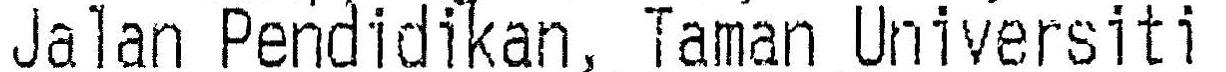
JALAN PENDIDIKAN, TAMAN UNIVERSITI